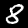
Label: 8